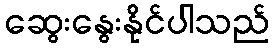
ဆွေးနွေးနိုင်ပါသည်